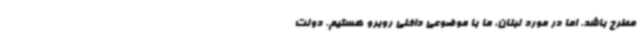
مطرح باشد. اما در مورد لبنان، ما با موضوعی داخلی روبرو هستیم. دولت